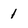
Character: 1